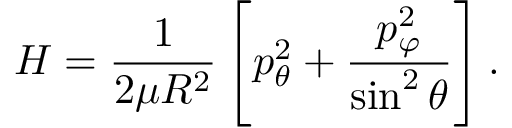
H = { \frac { 1 } { 2 \mu R ^ { 2 } } } \left[ p _ { \theta } ^ { 2 } + { \frac { p _ { \varphi } ^ { 2 } } { \sin ^ { 2 } \theta } } \right] .